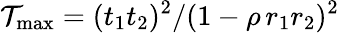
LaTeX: \mathcal{T}_{\mathrm{max}}=(t_{1}t_{2})^{2}/(1-\rho\, r_{1}r_{2})^{2}